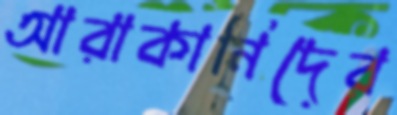
আরাকানিদের